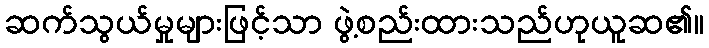
ဆက်သွယ်မှုများဖြင့်သာ ဖွဲ့စည်းထားသည်ဟုယူဆ၏။